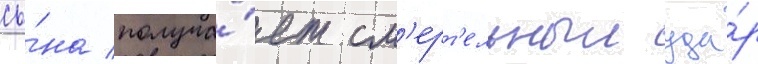
сы́на получа́ет см'ерт'ельныи уда́р